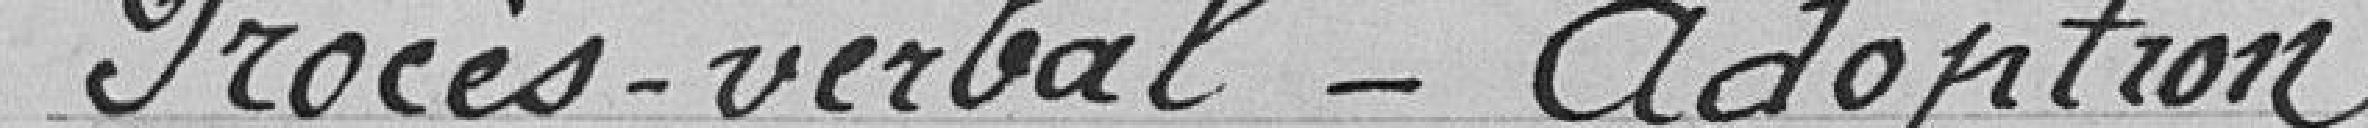
Procès-verbal-Adoption